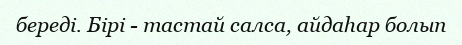
береді. Бірі - тастай салса, айдаһар болып